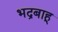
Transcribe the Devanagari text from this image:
भद्रबाहू